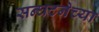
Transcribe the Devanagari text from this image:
सन्घटनेच्या